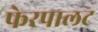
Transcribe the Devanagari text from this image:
फेरपालट